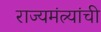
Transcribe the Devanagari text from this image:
राज्यमंत्र्यांची